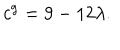
c ^ { \mathrm { g } } = 9 - 1 2 \lambda .